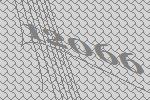
12066